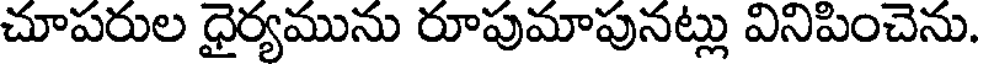
చూపరుల ధైర్యమును రూపుమాపునట్లు వినిపించెను.